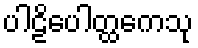
ပါဠိပေါတ္ထကေသု